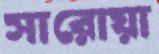
সারোয়া